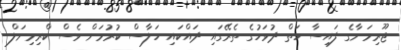
ޖޫރިމަނާގެ ފައިސާ ހަތް ދުވަހުގެ ތެރޭގައި ދައްކައި ހަލާސް ކުރުމަށް ވެސް ކްރިމިނަލް